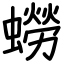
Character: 蟧